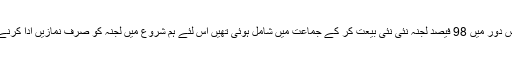
یہ کہتی ہیں کہ سسٹر عالیہ بتایا کرتی تھیں کہ چونکہ اس دَور میں 98 فیصد لجنہ نئی نئی بیعت کر کے جماعت میں شامل ہوئی تھیں اس لئے ہم شروع میں لجنہ کو صرف نمازیں ادا کرنے اور رمضان میں روزے رکھنے کی تلقین کرتے تھے۔